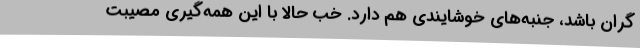
گران باشد، جنبه‌های خوشایندی هم دارد. خب حالا با این همه‌گیری مصیبت